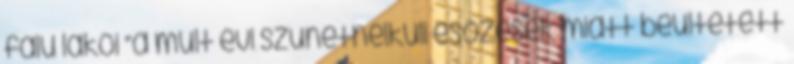
falu lakói “a múlt évi szünetnélküli esőzések miatt beültetett